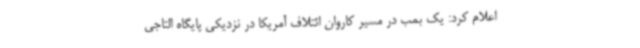
اعلام کرد: یک بمب در مسیر کاروان ائتلاف آمریکا در نزدیکی پایگاه التاجی